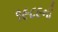
૧૯૮૯ની